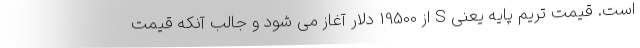
است. قیمت تریم پایه یعنی S از 19500 دلار آغاز می شود و جالب آنکه قیمت